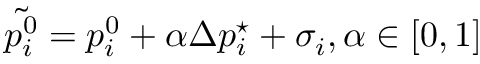
\tilde { p _ { i } ^ { 0 } } = p _ { i } ^ { 0 } + \alpha \Delta p _ { i } ^ { \star } + \sigma _ { i } , \alpha \in [ 0 , 1 ]